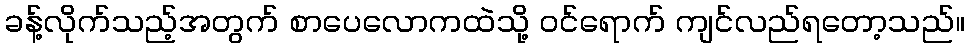
ခန့်လိုက်သည့်အတွက် စာပေလောကထဲသို့ ဝင်ရောက် ကျင်လည်ရတော့သည်။